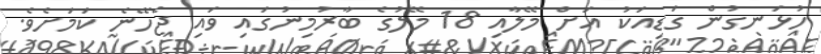
ހުޅަނގުން ގަޑިއަކު އަށް މޭލާއި 18 މޭލުގެ ބާރުމިނުގައި ވައި ޖެހޭނެ ކަމަށެވެ.